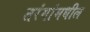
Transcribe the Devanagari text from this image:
तरंगांमधील